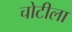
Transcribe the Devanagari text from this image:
चोटीला